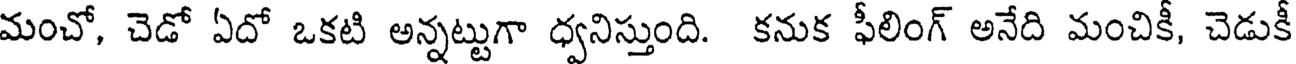
మంచో, చెడో ఏదో ఒకటి అన్నట్టుగా ధ్వనిస్తుంది. కనుక ఫీలింగ్ అనేది మంచికీ, చెడుకీ